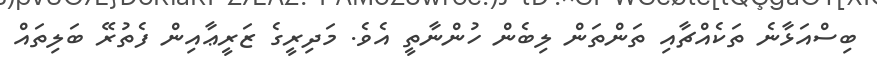
ބިސްއަޅާނެ ތަކެއްޗާއި ތަންތަން ލިބެން ހުންނާތީ އެވެ. މަދިރީގެ ޒަރީޢާއިން ފެތުރޭ ބަލިތައް